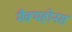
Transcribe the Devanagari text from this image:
मैक्महोनस